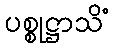
ပစ္စုဋ္ဌာသိံ